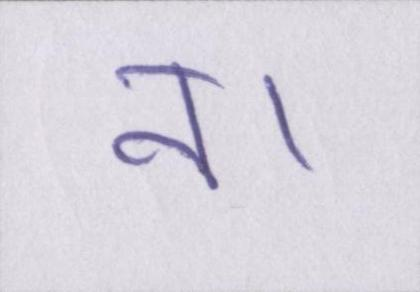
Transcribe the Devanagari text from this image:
न।